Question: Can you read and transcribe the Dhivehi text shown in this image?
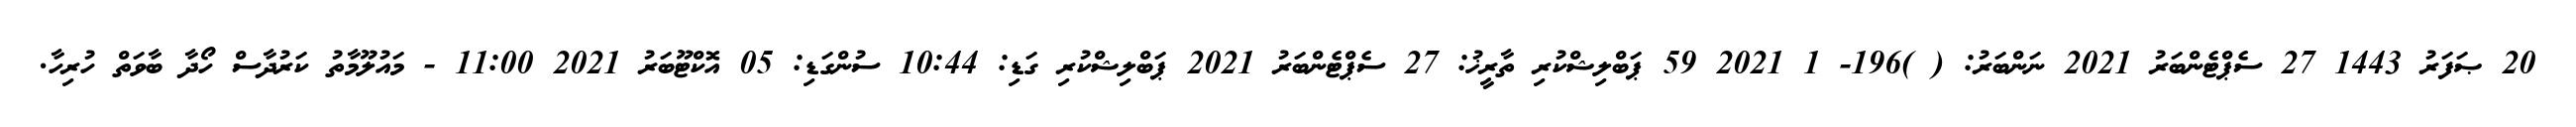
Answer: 20 ޞަފަރު 1443 27 ސެޕްޓެންބަރު 2021 ނަންބަރު: ( )196- 1 2021 59 ޕަބްލިޝްކުރި ތާރީޚު: 27 ސެޕްޓެންބަރު 2021 ޕަބްލިޝްކުރި ގަޑި: 10:44 ސުންގަޑި: 05 އޮކްޓޫބަރު 2021 11:00 - މައުލޫމާތު ކަރުދާސް ހޯދާ ބާވަތް ހުރިހާ.